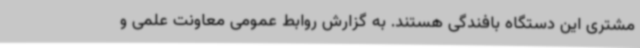
مشتری این دستگاه بافندگی هستند. به گزارش روابط عمومی معاونت علمی و